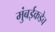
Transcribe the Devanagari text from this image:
मुंबईकडेच